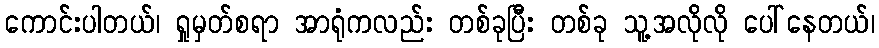
ကောင်းပါတယ်၊ ရှုမှတ်စရာ အာရုံကလည်း တစ်ခုပြီး တစ်ခု သူ့အလိုလို ပေါ်နေတယ်၊